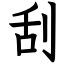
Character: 刮